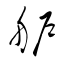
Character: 舮